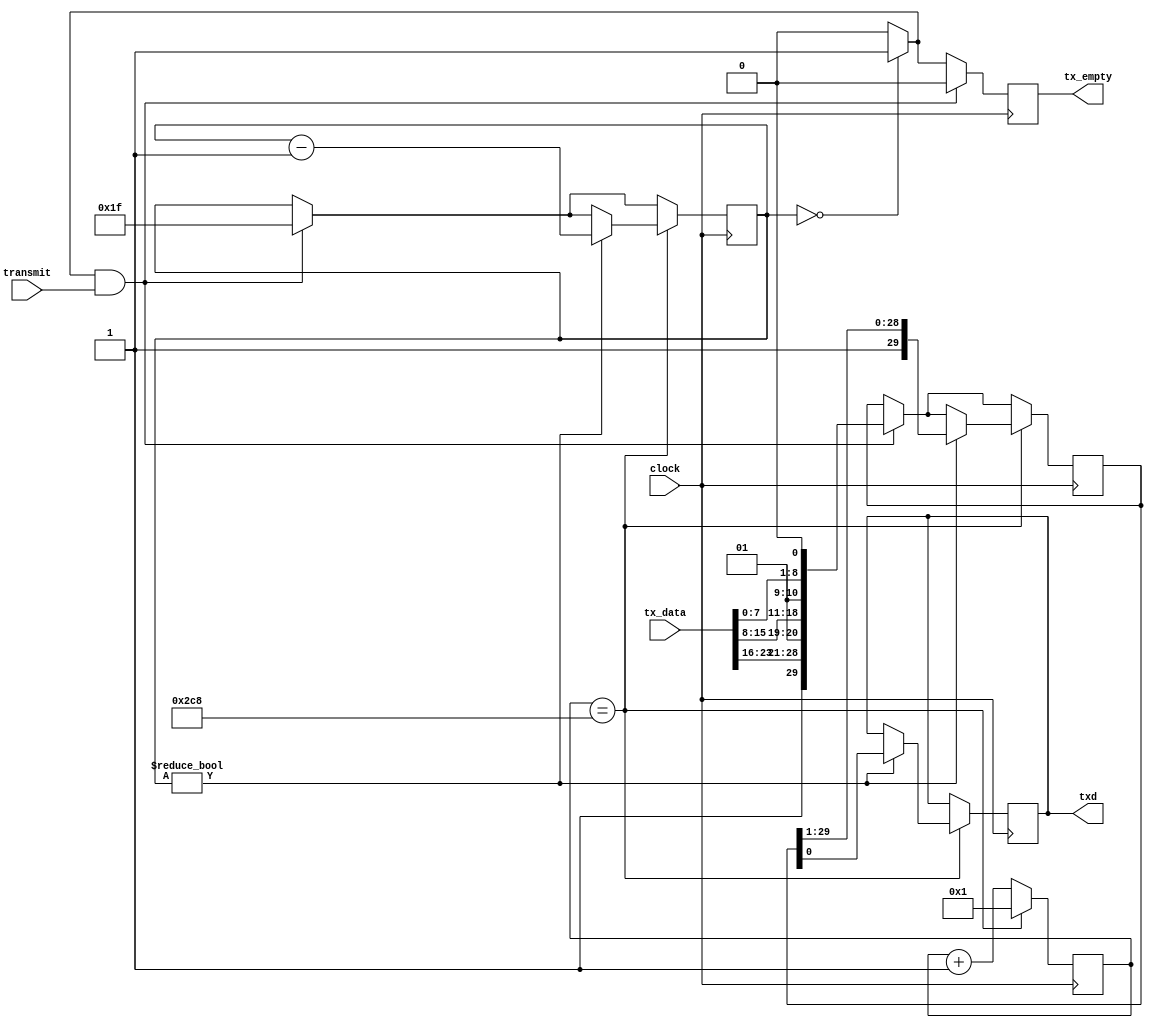
module uart(
  input wire clock,         // main clock
  output reg txd = 1'b1,
  input wire [23:0] tx_data,
  output reg tx_empty = 1'b1,     // '1' when tx_data can take a new byte
  input wire transmit       // pulse '1' when tx_data is valid
);

// clock divider to get baud rate.  82M / 115.2k = 712, giving 115.169 kb/s
parameter divide_count = 712;

// clock divider, assuming divide_count <= 1023
reg [9:0] divider = 0;

// shift register -- (start bit + 8 data bits + 1 stop bit) x 3 bytes
reg [29:0] shifter;

// how many bits to shift -- counts down from 30
reg [4:0] shift_count = 0;

always @(posedge clock) begin

  // trying making this synchronous to debug missing transfers
  // that could possibly be to do with the fifo in elk_interface...
  // previously this was:
  // assign tx_empty = (shift_count == 0) ? 1'b1 : 1'b0;
  tx_empty = (shift_count == 0) ? 1'b1 : 1'b0;
  // note that we can get slightly lower latency by setting this inside the loop that
  // decrements shift_count, but that only happens on divider expiry and this happens
  // every clock, so having it out here only slows it down 12 ns!

  // accept a new byte to send
  if (tx_empty == 1'b1 && transmit == 1'b1) begin
    $display("accept new byte from tx_data");
    // shifter <= {tx_data, 1'b0}; // 8-bit
    shifter <= {1'b1, tx_data[23:16], 1'b0, 1'b1, tx_data[15:8], 1'b0, 1'b1, tx_data[7:0], 1'b0}; // 24-bit
    shift_count <= 31;
    tx_empty <= 1'b0;
  end

  // divider divides clock down to the serial bit rate (x 4 for reception?)
  if (divider == divide_count) begin
    divider <= 1;

    // transmit a bit on divider expiry
    if (shift_count != 0) begin
      txd <= shifter[0];
      // shift right
      shifter <= {1'b1, shifter[29:1]};
      shift_count <= shift_count - 5'd1;
    end

  end else begin
    divider <= divider + 10'd1;
  end
end

endmodule